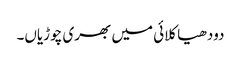
دودھیا کلائی میں بھری چوڑیاں۔